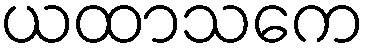
ယထာသကေ